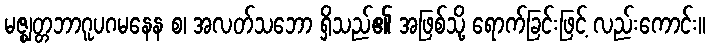
မဇ္ဈတ္တဘာဂူပဂမနေန စ၊ အလတ်သဘော ရှိသည်၏ အဖြစ်သို့ ရောက်ခြင်းဖြင့် လည်းကောင်း။